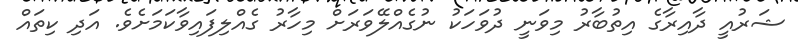
ޝަރުއީ ދާއިރާގެ އިތުބާރު މިވަނީ ދުވަހަކު ނުގެއްލޭވަރަށް މިހާރު ގެއްލިފައިވާކަމަށެވެ. އަދި ކިތައް